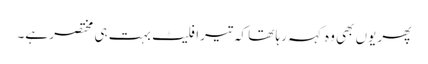
پھر یوں بھی وہ کہہ رہا تھا کہ تیرا فلیٹ بہت ہی مختصر ہے۔